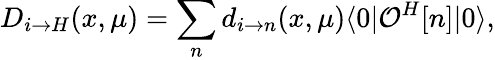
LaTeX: D_{i\to H}(x,\mu)=\sum_{n}d_{i\to n}(x,\mu)\langle 0|{\cal O}^{H}[n]|0\rangle,